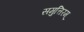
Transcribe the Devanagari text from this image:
समुत्तिरम्